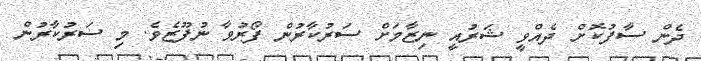
ދެން ސާފުކޮށް ދެއްވީ ޝަރުއީ ނިޒާމަށް ސަރުކާރުން ފޯރުވާ ނުފޫޒެވެ. މި ސަރުކާރުން